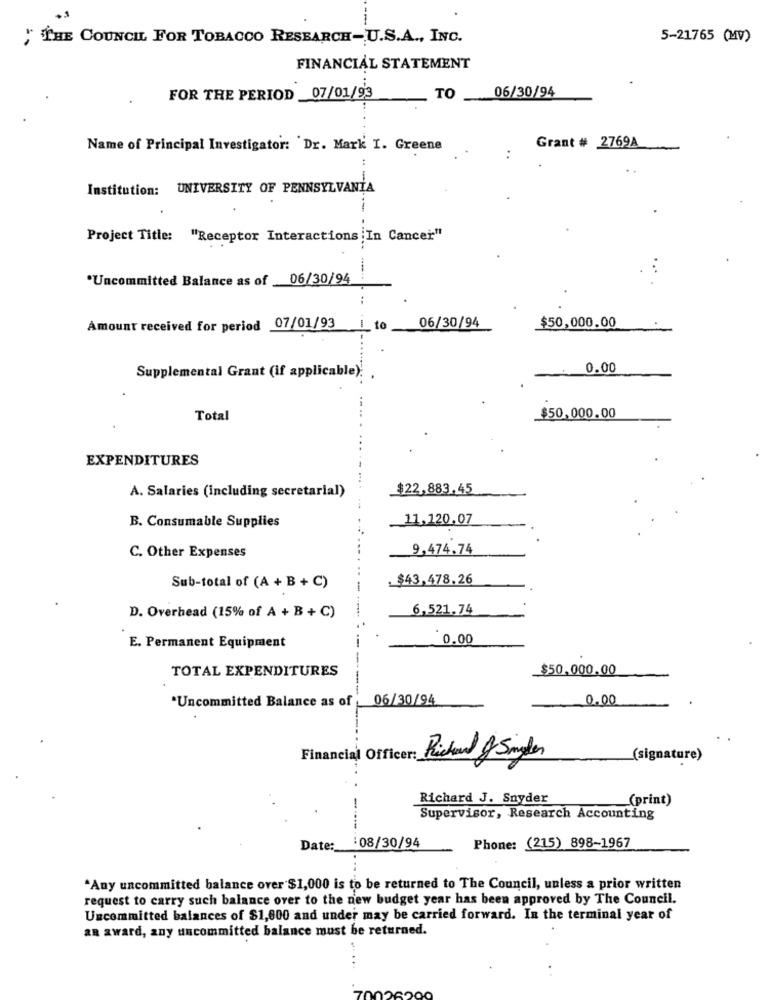
; THE COUNCIL FOR TOBACCO RESEARCH-U.S.A ., INC.
5-21765 (MV)
FINANCIAL STATEMENT
FOR THE PERIOD _07/01/93
TO
06/30/94
Name of Principal Investigator: Dr. Mark I. Greene
Grant # 2769A
Institution: UNIVERSITY OF PENNSYLVANIA
--
Project Title: "Receptor Interactions In Cancer"
-
"Uncommitted Balance as of
06/30/94
06/30/94
$50,000.00
Amount received for period 07/01/93
I to
0.00
Supplemental Grant (if applicable):
Total
$50,000.00
EXPENDITURES
A. Salaries (including secretarial)
$22,883.45
11,120,07
B. Consumable Supplies
9,474.74
C. Other Expenses
.$43,478.26
Sub-total of (A + B + C)
6,521.74
D. Overhead (15% of A + B + C)
0.00
E. Permanent Equipment
TOTAL EXPENDITURES
$50,000.00
------
"Uncommitted Balance as of
06/30/94
0.00
Financial Officer:
Richard & Singles
(signature)
Richard J. Snyder
(print)
Supervisor, Research Accounting
Date:
:08/30/94
Phone: (215) 898-1967
*Any uncommitted balance over $1,000 is to be returned to The Council, unless a prior written
request to carry such balance over to the new budget year has been approved by The Council.
Uncommitted balances of $1,000 and under may be carried forward. In the terminal year of
an award, any uncommitted balance must be returned.
...